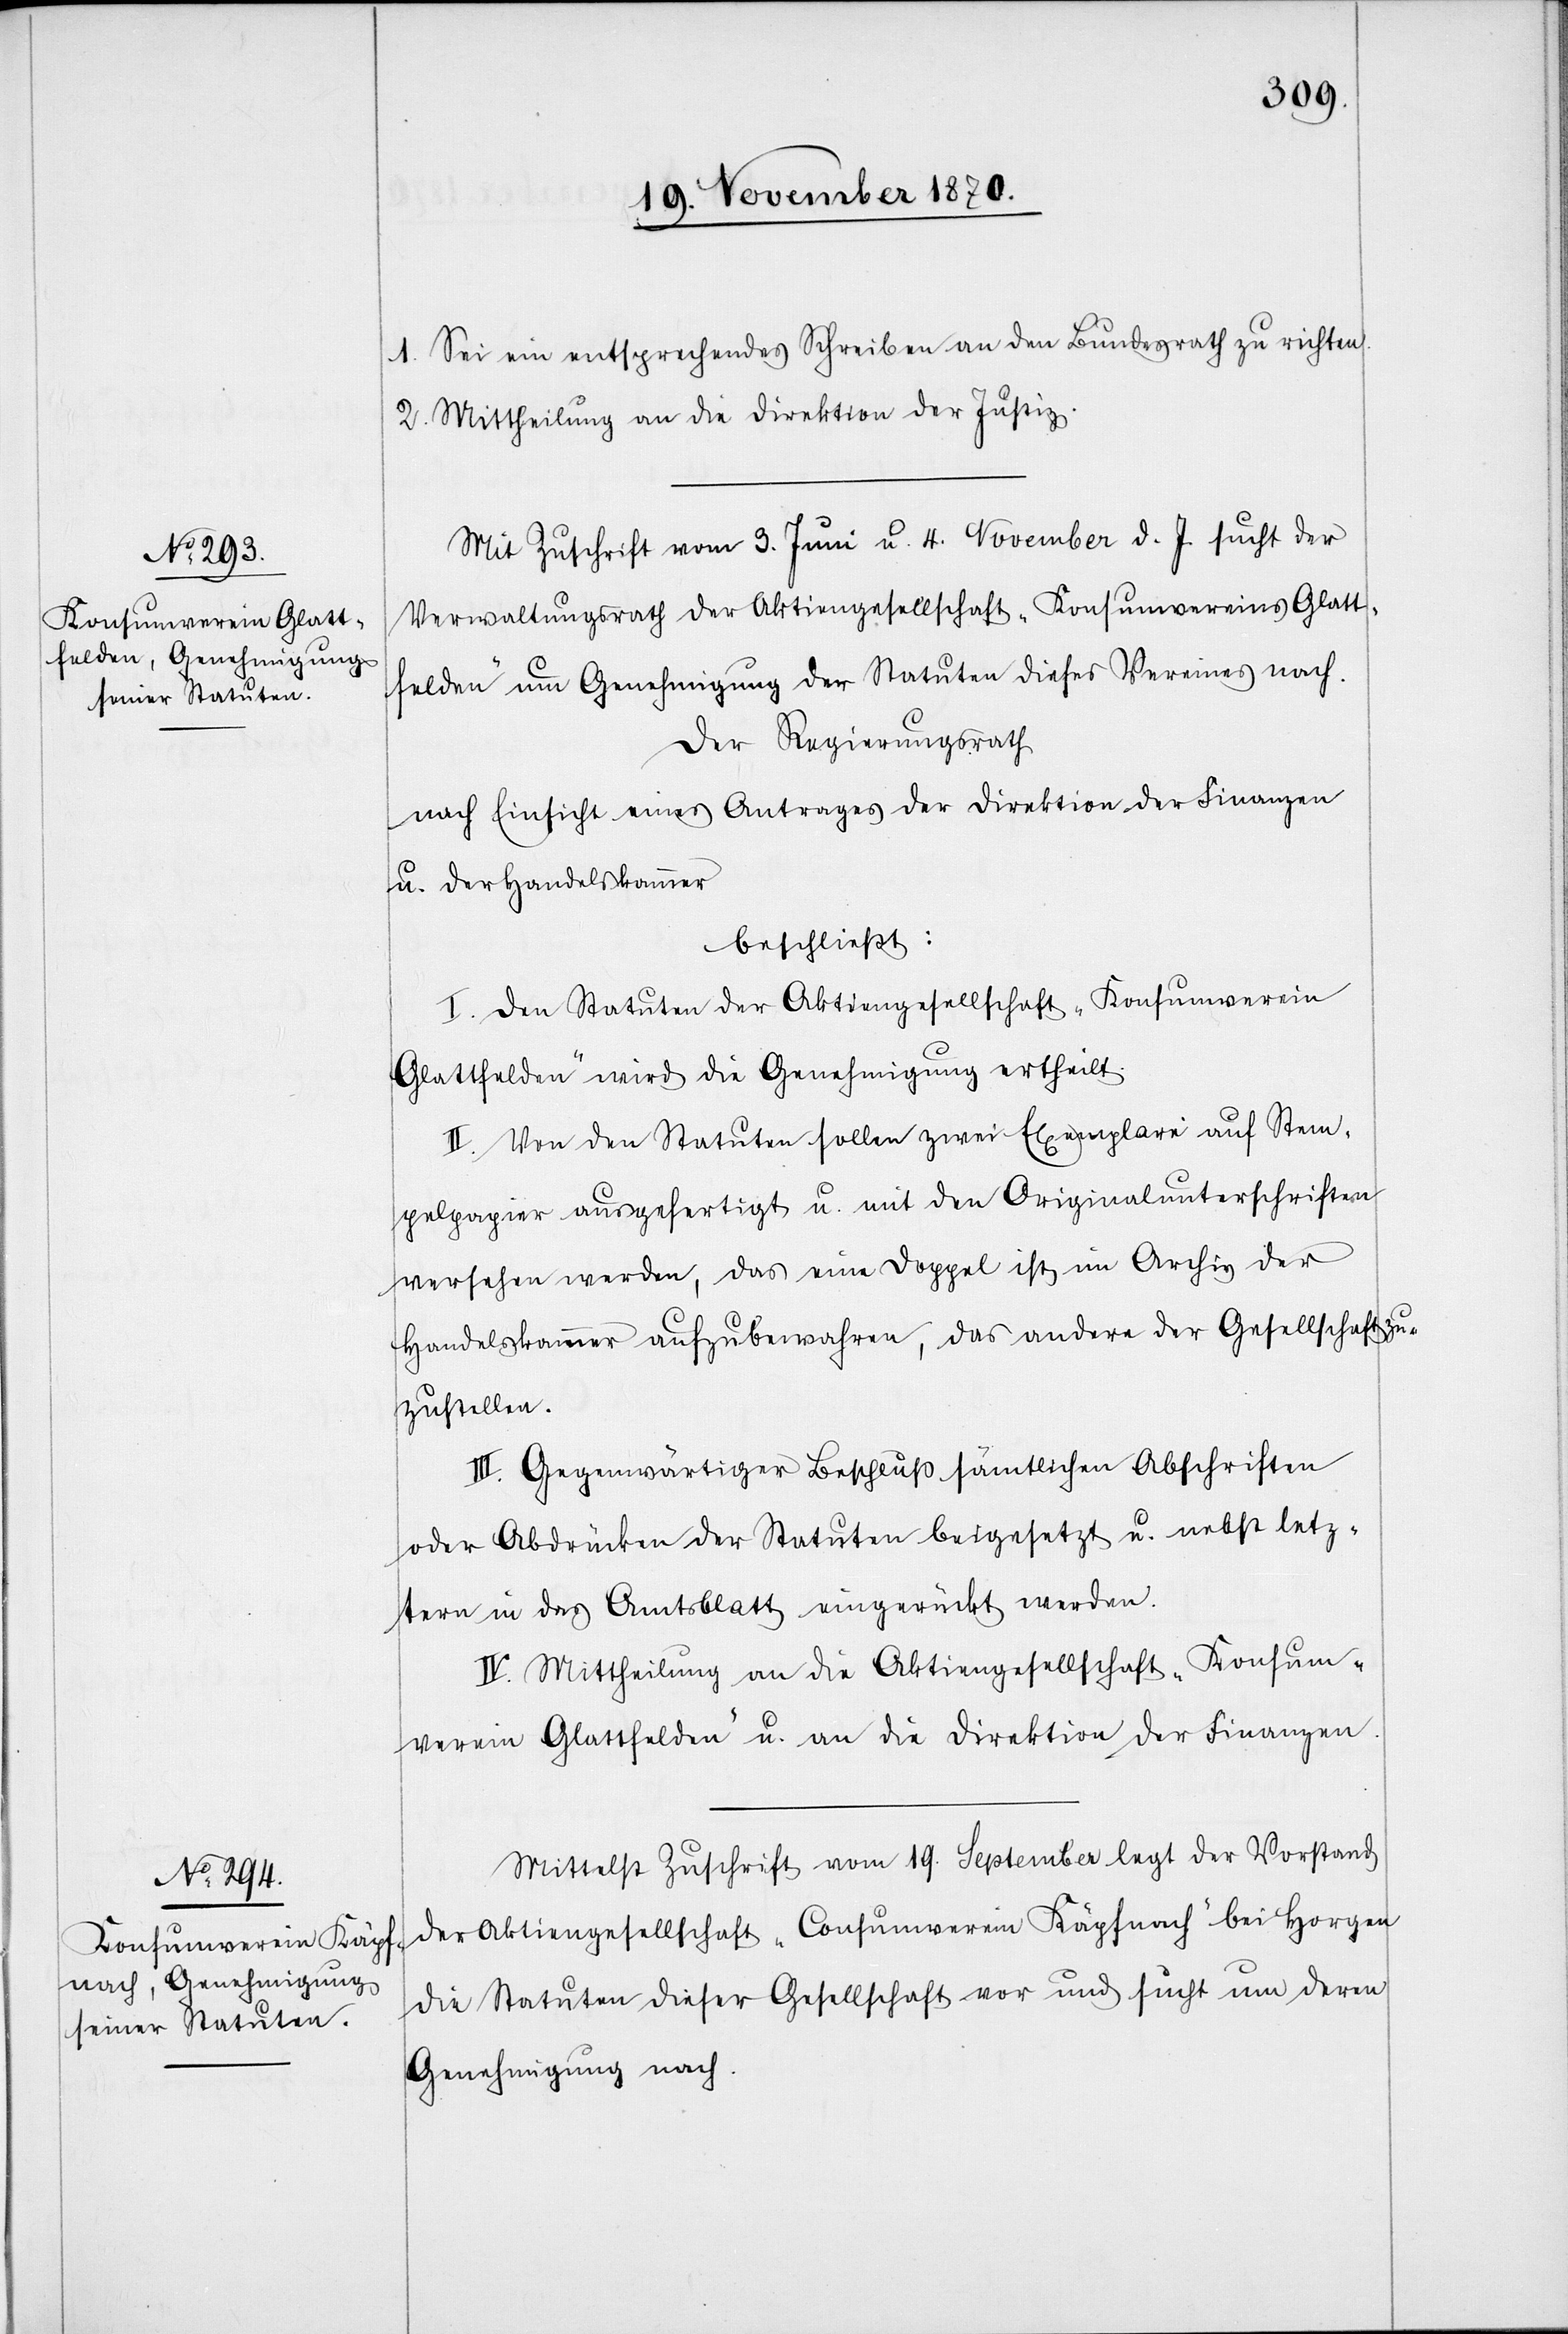
1. Sei ein entsprechendes Schreiben an den Bundesrath zu richten.
2. Mittheilung an die Direktion der Justiz.
Mit Zuschrift vom 3. Juni u. 4. November d. J. sucht der
Verwaltungsrath der Aktiengesellschaft „Konsumvereins Glatt¬
felden“ um Genehmigung der Statuten dieses Vereins nach.
Der Regierungsrath
nach Einsicht eines Antrages der Direktion der Finanzen
u. der Handelskammer
beschließt:
I. Den Statuten der Aktiengesellschaft „Konsumverein
Glattfelden“ wird die Genehmigung ertheilt.
II. Von den Statuten sollen zwei Exemplare auf Stem¬
pelpapier ausgefertigt u. mit den Originalunterschriften
versehen werden, das eine Doppel ist im Archiv der
Handelskammer aufzubewahren, das andere der Gesellschaft zu¬
zustellen.
III. Gegenwärtiger Beschluß [soll] sämtlichen Abschriften
oder Abdrücken der Statuten beigesetzt u. nebst letz¬
tern in das Amtsblatt eingerückt werden
IV. Mittheilung an die Aktiengesellschaft „Konsum¬
verein Glattfelden“ u. an die Direktion der Finanzen.
Mittelst Zuschrift vom 19. September legt der Vorstand
der Aktiengesellschaft „Consumverein Käpfnach“ bei Horgen
die Statuten dieser Gesellschaft vor und sucht um deren
Genehmigung nach.